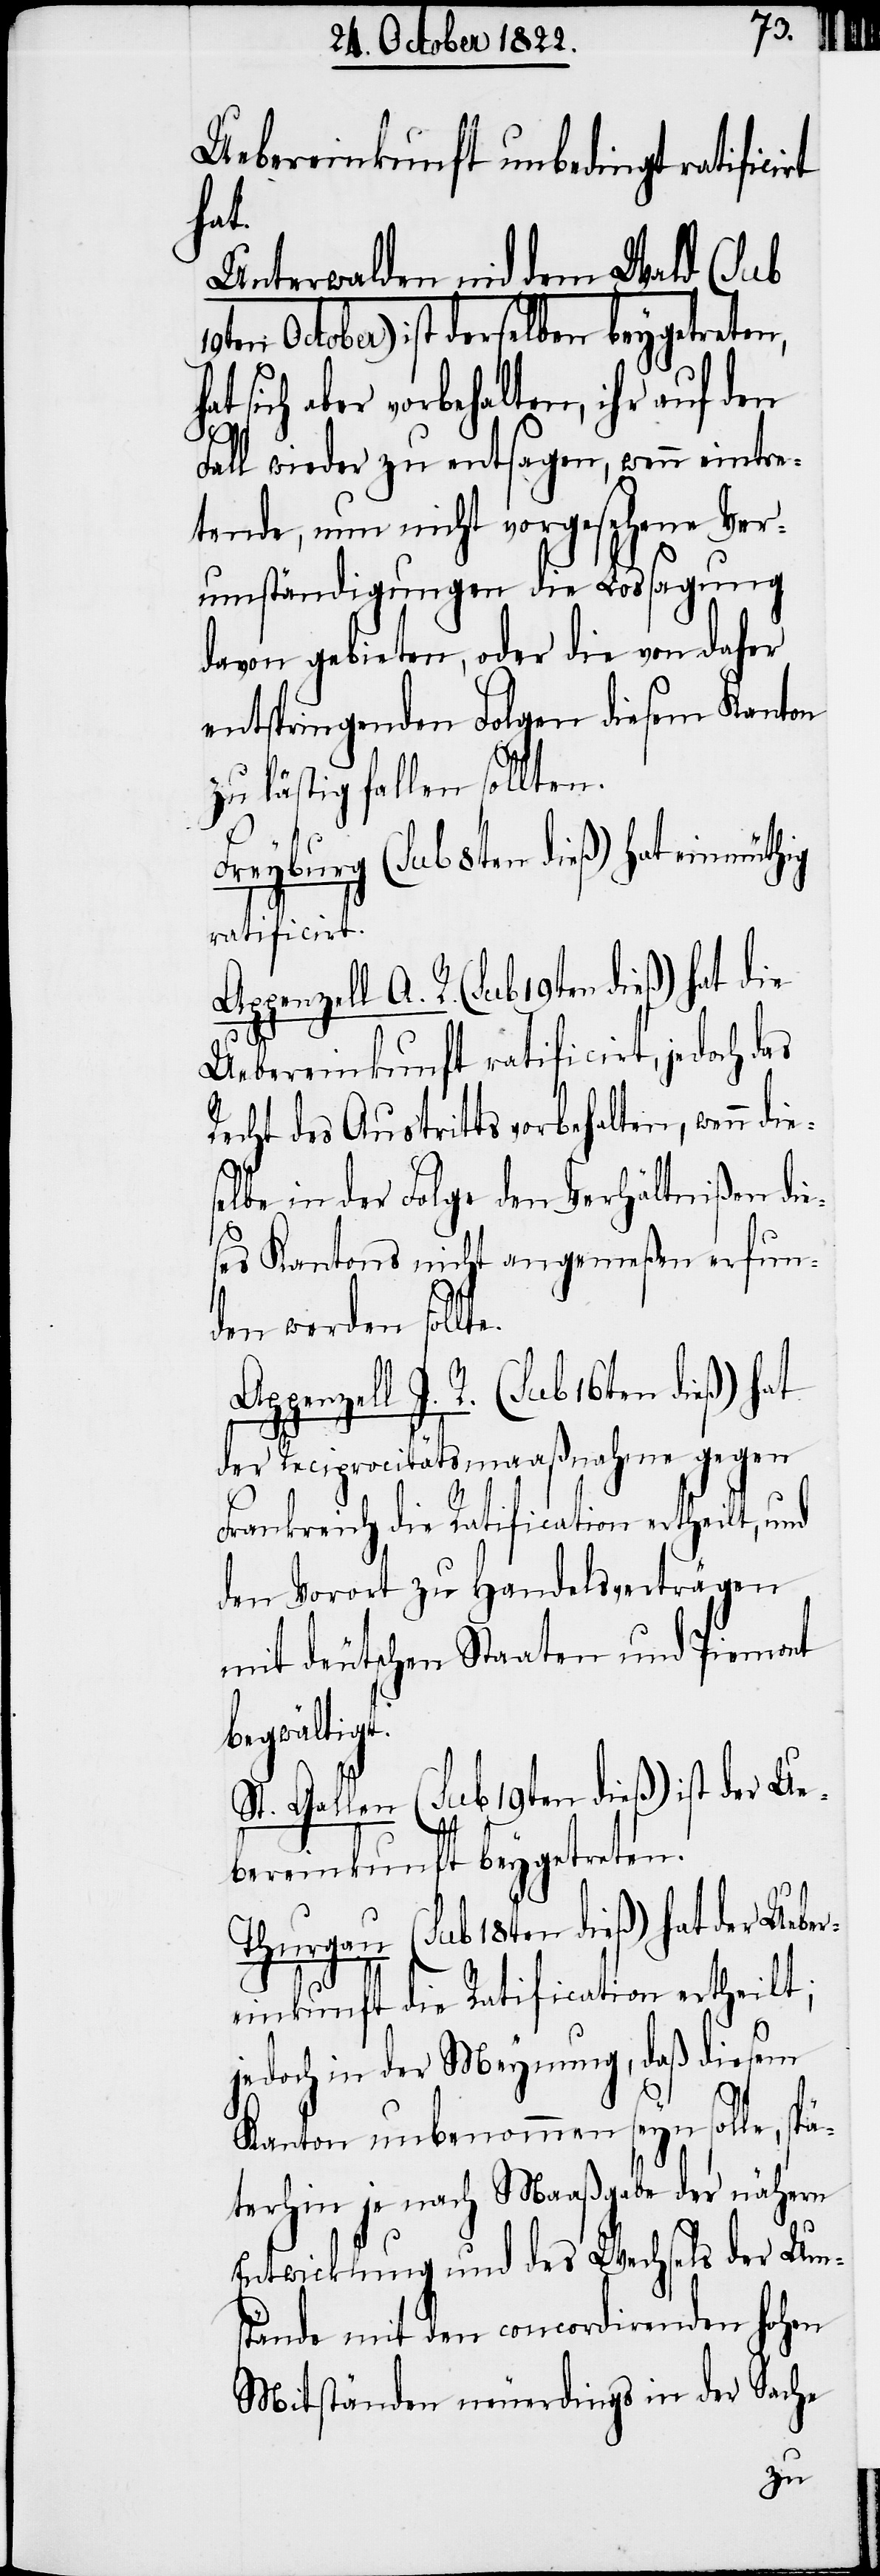
Uebereinkunft unbedingt ratificirt
hat
Unterwalden nid dem Wald (sub
19ten October) ist derselben beygetreten,
sich aber vorbehalten, ihr auf den
pä¬
Fall wieder zu entsagen, wenn eintre¬
tende, nun nicht vorgesehene Ver¬
umständigungen die Lossagung
davon gebieten, oder die von daher
entspringenden Folgen diesem Kanton
zu lästig fallen sollten.
Freyburg (sub 8ten dieß) hat einmüthig
ratificirt.
A. R. (sub 19ten dieß) hat die
Uebereinkunft ratificirt, jedoch das
Recht des Austritts vorbehalten, wenn die¬
selbe in der Folge den Verhältnißen die¬
ses Kantons nicht angemeßen erfun¬
den werden sollt¬
penzell I. R. (sub 16ten dieß) hat
der Reciprocitätsmaaßnahme gegen
Frankreich die Ratification ertheilt, und
den Vorort zu Handelsverträgen
mit deutschen Staaten und Piemont
begwältigt.
St. Gallen (sub 19ten dieß) ist der Ue¬
bereinkunft beygetreten.
Thurgau (sub 18ten dieß) hat der Ueber¬
einkunft die Ratification ertheilt;
jedoch in der Meynung, daß diesem
Kanton unbenommen seyn solle, s¬
terhin je nach Maaßgabe der nähern
Entwicklung und des Wechsels der Um¬
stände mit den concordirenden hohen
Mitständen neuerdings in der Sache